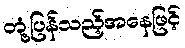
တုံ့ပြန်သည့်အနေဖြင့်